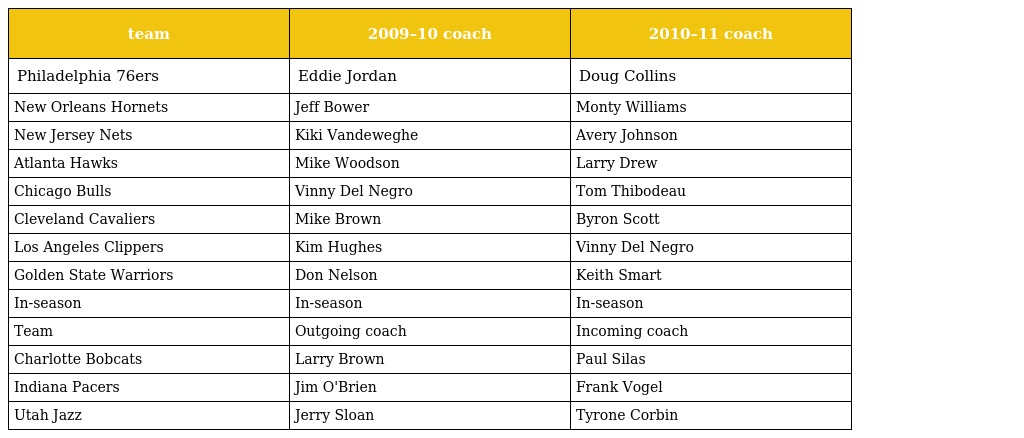
| team | 2009–10 coach | 2010–11 coach |
 | --- | --- | --- |
 | Philadelphia 76ers | Eddie Jordan | Doug Collins |
 | New Orleans Hornets | Jeff Bower | Monty Williams |
 | New Jersey Nets | Kiki Vandeweghe | Avery Johnson |
 | Atlanta Hawks | Mike Woodson | Larry Drew |
 | Chicago Bulls | Vinny Del Negro | Tom Thibodeau |
 | Cleveland Cavaliers | Mike Brown | Byron Scott |
 | Los Angeles Clippers | Kim Hughes | Vinny Del Negro |
 | Golden State Warriors | Don Nelson | Keith Smart |
 | In-season | In-season | In-season |
 | Team | Outgoing coach | Incoming coach |
 | Charlotte Bobcats | Larry Brown | Paul Silas |
 | Indiana Pacers | Jim O'Brien | Frank Vogel |
 | Utah Jazz | Jerry Sloan | Tyrone Corbin |